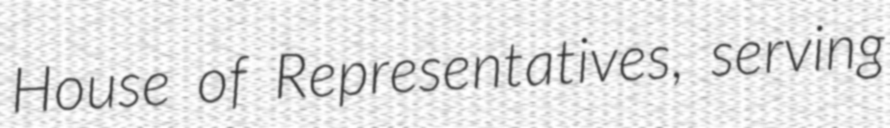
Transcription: House of Representatives, serving